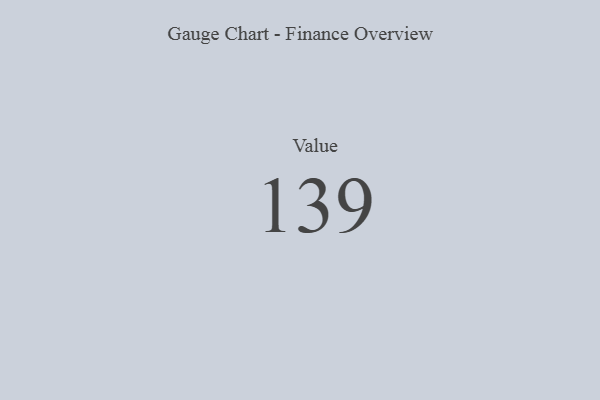
{"axis": {"x": "Metric", "y": "Value"}, "legend": [""], "data": [{"x": "Value", "y": 139, "type": ""}]}